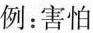
例：害怕